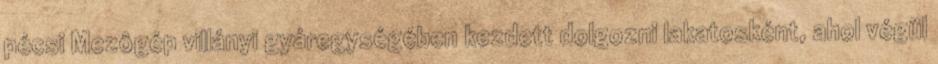
pécsi Mezôgép villányi gyáregységében kezdett dolgozni lakatosként, ahol végül